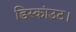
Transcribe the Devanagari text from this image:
डिस्कांउट।